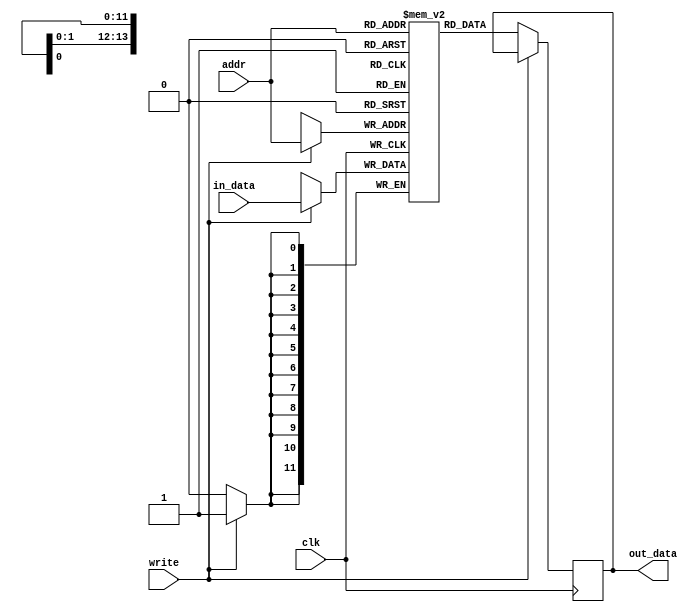
`timescale 1ns / 1ps
//////////////////////////////////////////////////////////////////////////////////
// Company: 
// Engineer: 
// 
// Design Name: 
// Module Name: sram
// Project Name: 
// Target Devices: 
// Tool Versions: 
// Description: 
// 
// Dependencies: 
// 
// Revision:
// Revision 0.01 - File Created
// Additional Comments:
// 
//////////////////////////////////////////////////////////////////////////////////

// ADDR-WIDTH = 300px * 54 px < 2^14
// Data Width = 12 bits
// Depth = 300 * 54

module sram #(parameter ADDR_WIDTH=14, DATA_WIDTH=12, DEPTH=300*54, MEMFILE="")
    (
    input clk, // Pixel clock
    input [ADDR_WIDTH-1:0] addr, // Address to be called
    input write, // Flag that states if address is to be written to
    input [DATA_WIDTH-1:0] in_data, // Write data
    output reg [DATA_WIDTH-1:0] out_data // Output data from address
    );
    
    reg [DATA_WIDTH-1:0] memory_array [0:DEPTH-1];
    
    initial
    begin
        if (MEMFILE > 0)
        begin
            $display("Loading memory init file " + MEMFILE + " into array.");
            $readmemh(MEMFILE, memory_array);
        end
    end
    
    always @(posedge clk)
    begin
        if (write) memory_array[addr] <= in_data; // Write data if flag active
        else out_data <= memory_array[addr]; // Else output address data
    end
        
endmodule